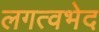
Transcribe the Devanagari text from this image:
लगत्वभेद